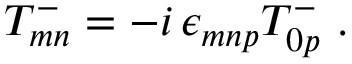
T _ { m n } ^ { - } = - i \, \epsilon _ { m n p } T _ { 0 p } ^ { - } \ .